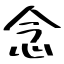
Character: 念